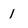
Character: 1